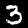
Digit: 3